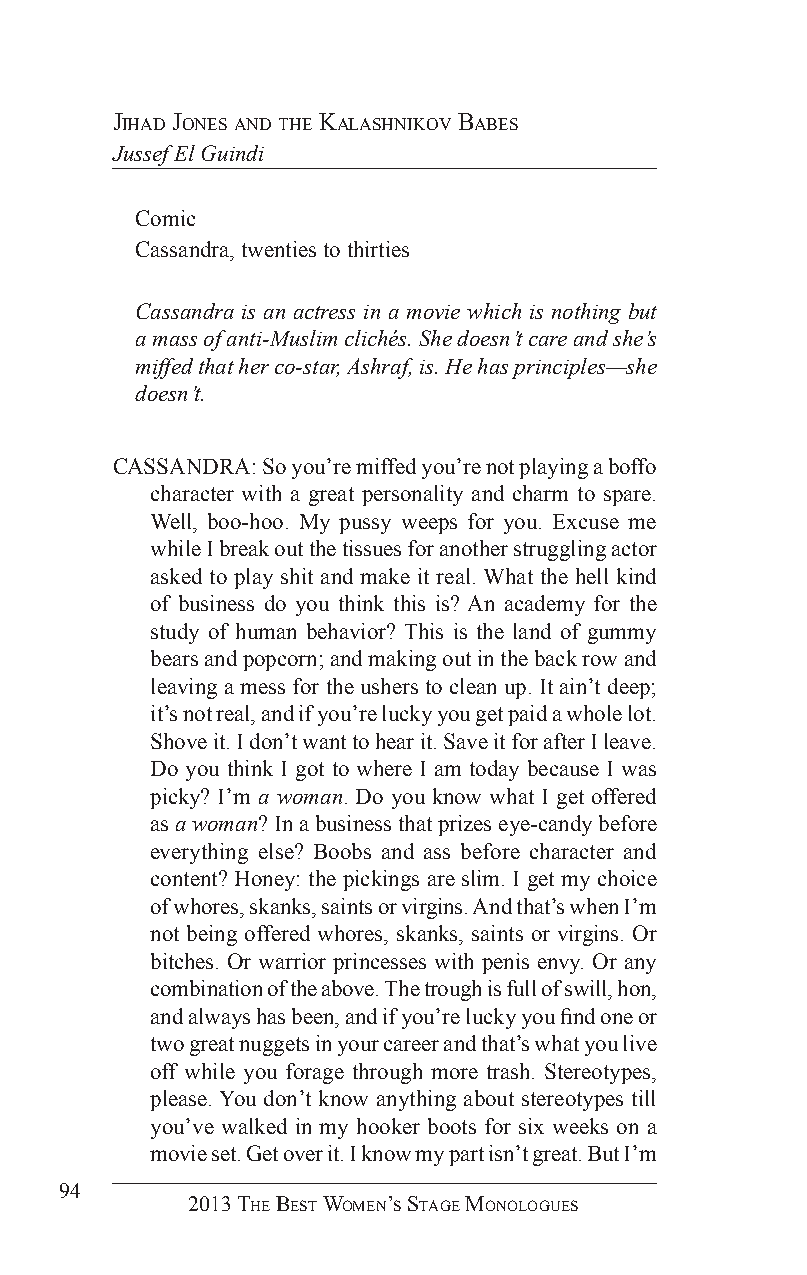
Jihad Jones and The KalashniKov BaBes
 Jussef El Guindi
 Comic
 Cassandra, twenties to thirties
 Cassandra is an actress in a movie which is nothing but
 a mass of anti-Muslim clichés. She doesn’t care and she’s
 miffed that her co-star, Ashraf, is. He has principles—she
 doesn’t.
 CASSANDRA: So you’re miffed you’re not playing a boffo
 character with a great personality and charm to spare.
 Well, boo-hoo. My pussy weeps for you. Excuse me
 while I break out the tissues for another struggling actor
 asked to play shit and make it real. What the hell kind
 of business do you think this is? An academy for the
 study of human behavior? This is the land of gummy
 bears and popcorn; and making out in the back row and
 leaving a mess for the ushers to clean up. It ain’t deep;
 it’s not real, and if you’re lucky you get paid a whole lot.
 Shove it. I don’t want to hear it. Save it for after I leave.
 Do you think I got to where I am today because I was
 picky? I’m a woman. Do you know what I get offered
 as a woman? In a business that prizes eye-candy before
 everything else? Boobs and ass before character and
 content? Honey: the pickings are slim. I get my choice
 of whores, skanks, saints or virgins. And that’s when I’m
 not being offered whores, skanks, saints or virgins. Or
 bitches. Or warrior princesses with penis envy. Or any
 combination of the above. The trough is full of swill, hon,
 and always has been, and if you’re lucky you find one or
 two great nuggets in your career and that’s what you live
 off while you forage through more trash. Stereotypes,
 please. You don’t know anything about stereotypes till
 you’ve walked in my hooker boots for six weeks on a
 movie set. Get over it. I know my part isn’t great. But I’m
 94
 2013 The BesT Women’s sTage monologues